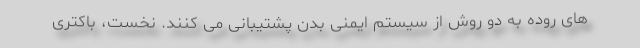
های روده به دو روش از سیستم ایمنی بدن پشتیبانی می کنند. نخست، باکتری